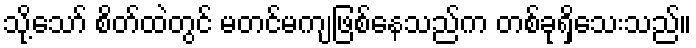
သို့သော် စိတ်ထဲတွင် မတင်မကျဖြစ်နေသည်က တစ်ခုရှိသေးသည်။